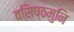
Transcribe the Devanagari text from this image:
वसिष्ठमुनि